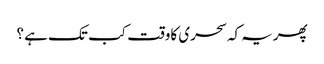
پھریہ کہ سحری کاوقت کب تک ہے ؟